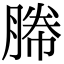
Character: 幐